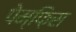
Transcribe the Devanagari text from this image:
पेम्फ़िस